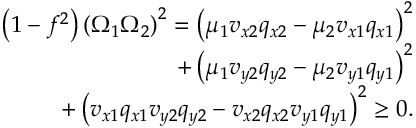
\begin{array} { r l r } & { } & { \left( 1 - f ^ { 2 } \right) \left( \Omega _ { 1 } \Omega _ { 2 } \right) ^ { 2 } = \left( \mu _ { 1 } v _ { x 2 } q _ { x 2 } - \mu _ { 2 } v _ { x 1 } q _ { x 1 } \right) ^ { 2 } } \\ & { } & { ~ ~ ~ ~ ~ + \left( \mu _ { 1 } v _ { y 2 } q _ { y 2 } - \mu _ { 2 } v _ { y 1 } q _ { y 1 } \right) ^ { 2 } } \\ & { } & { ~ ~ ~ ~ ~ + \left( v _ { x 1 } q _ { x 1 } v _ { y 2 } q _ { y 2 } - v _ { x 2 } q _ { x 2 } v _ { y 1 } q _ { y 1 } \right) ^ { 2 } \geq 0 . } \end{array}